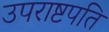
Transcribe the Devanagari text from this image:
उपराष्टपति